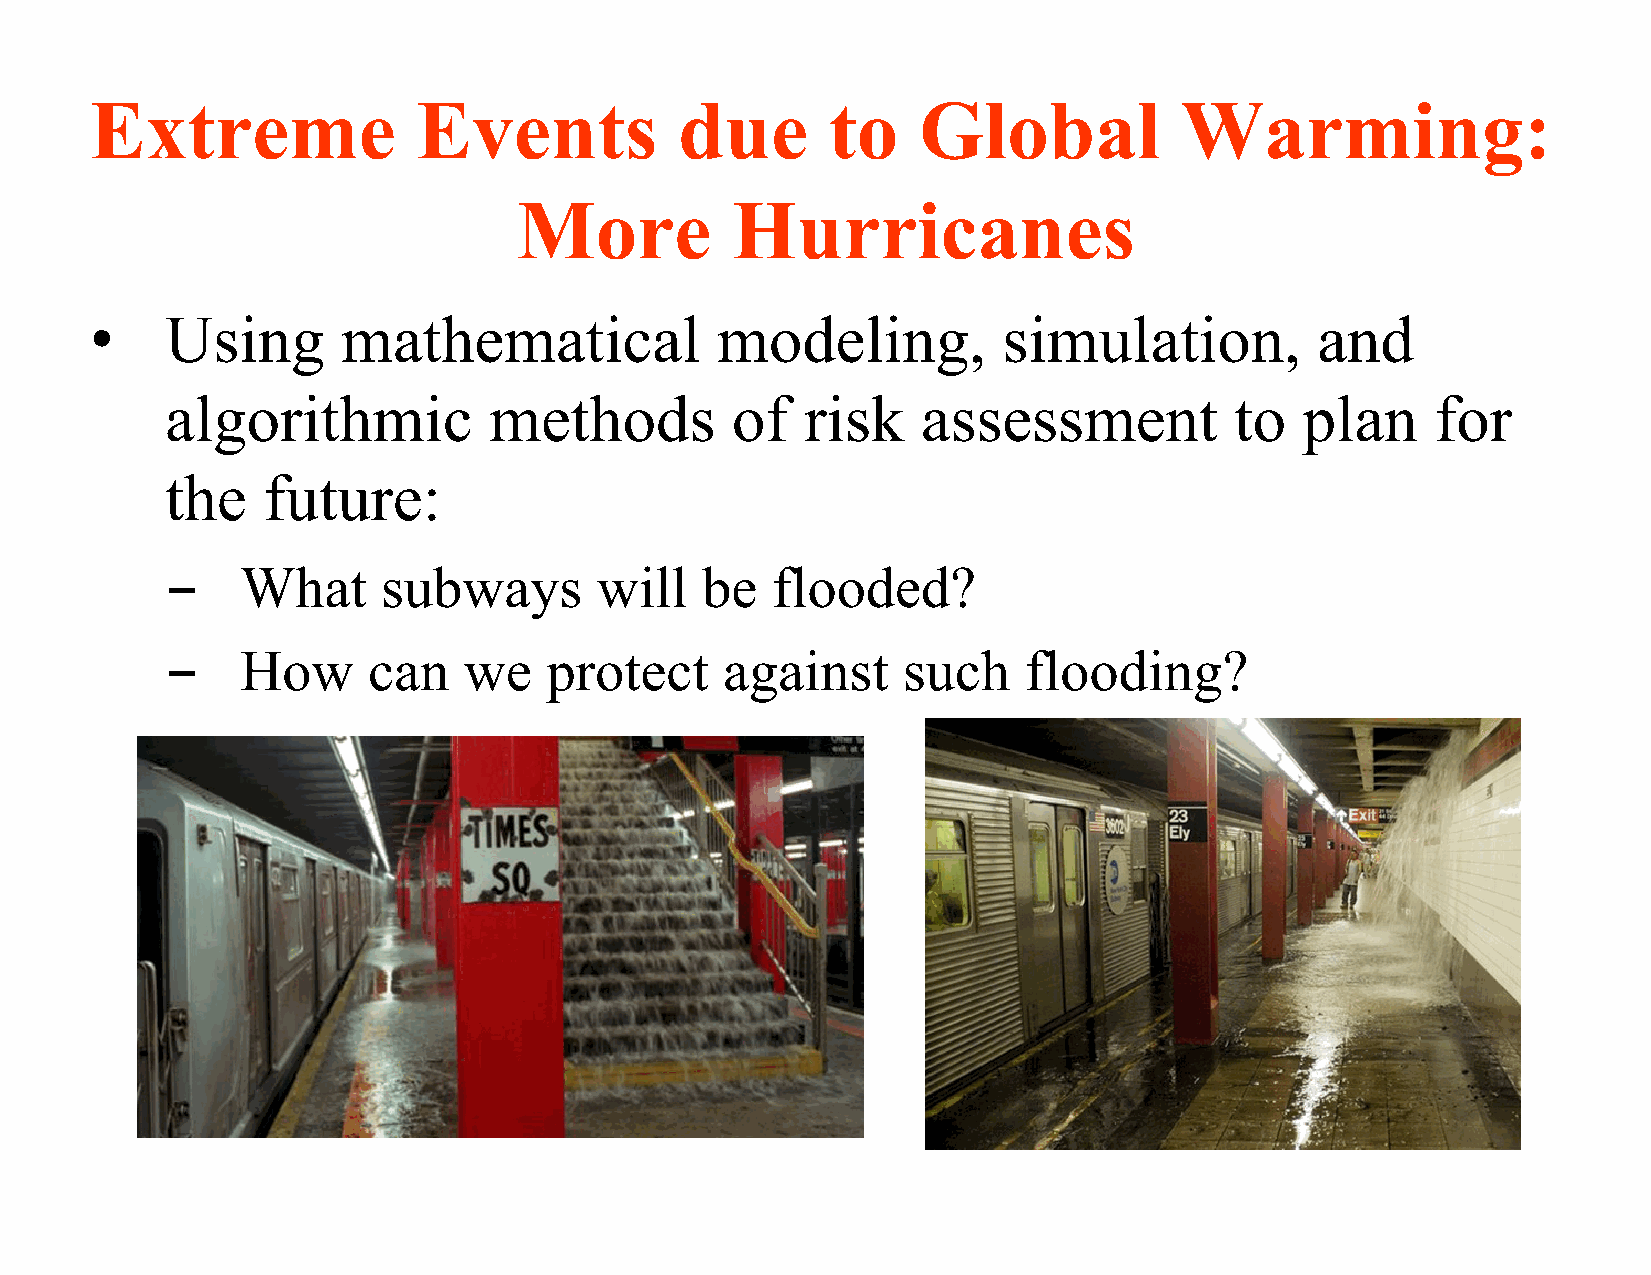
Extreme               Events           due       to    Global           Warming:
 More          Hurricanes
 •    Using       mathematical            modeling,          simulation,          and
 algorithmic          methods         of   risk    assessment           to  plan     for
 the   future:
 ­    What     subways       will   be   flooded?
 ­    How     can    we   protect     against     such    flooding?
 81